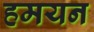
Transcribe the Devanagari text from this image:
हमयन